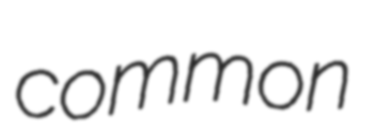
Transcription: common